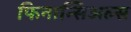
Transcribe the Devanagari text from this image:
फिनान्सिअल्स